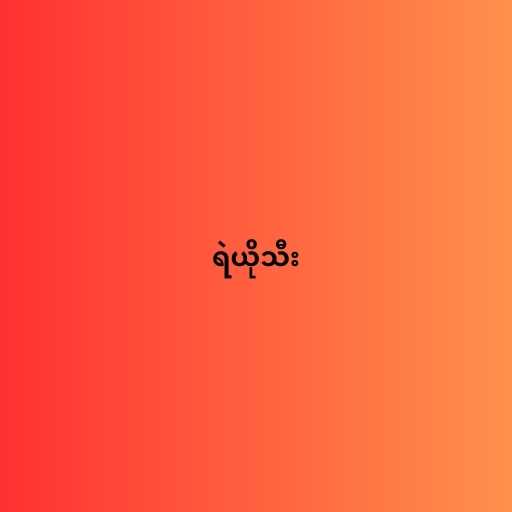
ရဲယိုသီး